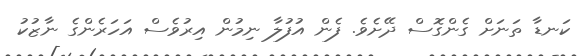
ކަނޑާ ތަނަށް ގެންގޮސް ދޭށެވެ. ފެން އުފުލާ ނިމުން އިރުވެސް އަހަރެންގެ ނާޒުކު